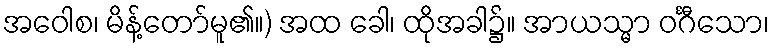
အဝေါစ၊ မိန့်တော်မူ၏။) အထ ခေါ၊ ထိုအခါ၌။ အာယသ္မာ ဝင်္ဂီသော၊